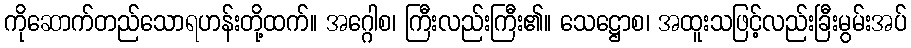
ကိုဆောက်တည်သောရဟန်းတို့ထက်။ အဂ္ဂေါစ၊ ကြီးလည်းကြီး၏။ သေဋ္ဌောစ၊ အထူးသဖြင့်လည်းခြီးမွမ်းအပ်